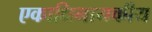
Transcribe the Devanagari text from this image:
एकाधिनायकीय